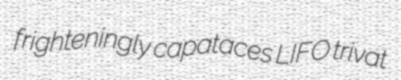
frighteningly capataces LIFO trivat